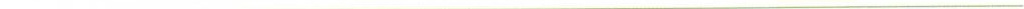
___